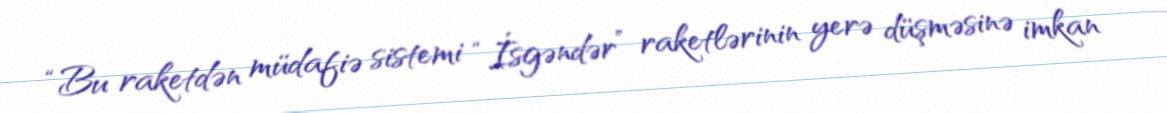
“Bu raketdən müdafiə sistemi “İsgəndər” raketlərinin yerə düşməsinə imkan